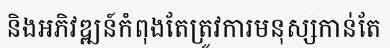
និងអភិវឌ្ឍន៍កំពុងតែត្រូវការមនុស្សកាន់តែ